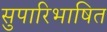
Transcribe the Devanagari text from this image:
सुपारिभाषित